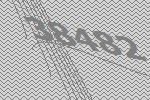
38482